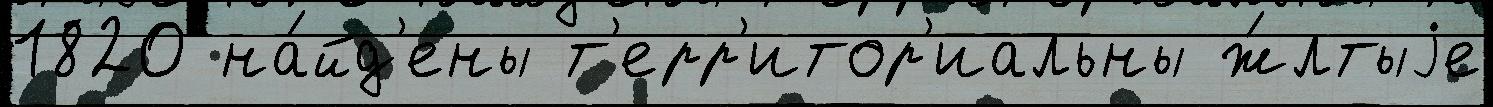
1820 на́йд'ены т'ерр'итор'иальны ж́лтыjе